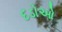
દડોઓ